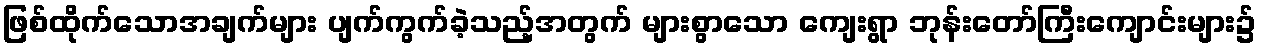
ဖြစ်ထိုက်သောအချက်များ ပျက်ကွက်ခဲ့သည့်အတွက် များစွာသော ကျေးရွာ ဘုန်းတော်ကြီးကျောင်းများ၌